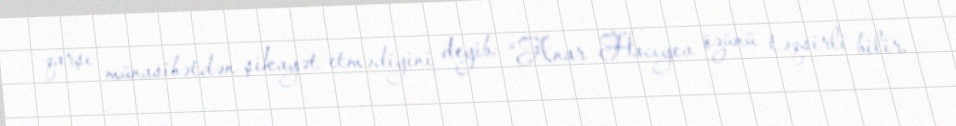
qarşı münasibətdən şikayət etmədiyini deyib: “Anar Hacıyev özünü təqsirli bilir.